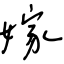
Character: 嫁